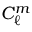
C _ { \ell } ^ { m }